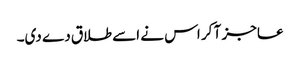
عاجز آ کر اس نے اسے طلاق دے دی۔